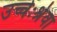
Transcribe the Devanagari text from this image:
उच्चेःश्रेवा